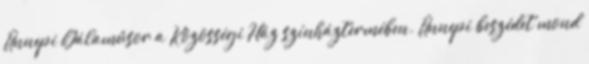
Ünnepi Gálaműsor a Közösségi Ház színháztermében. Ünnepi beszédet mond